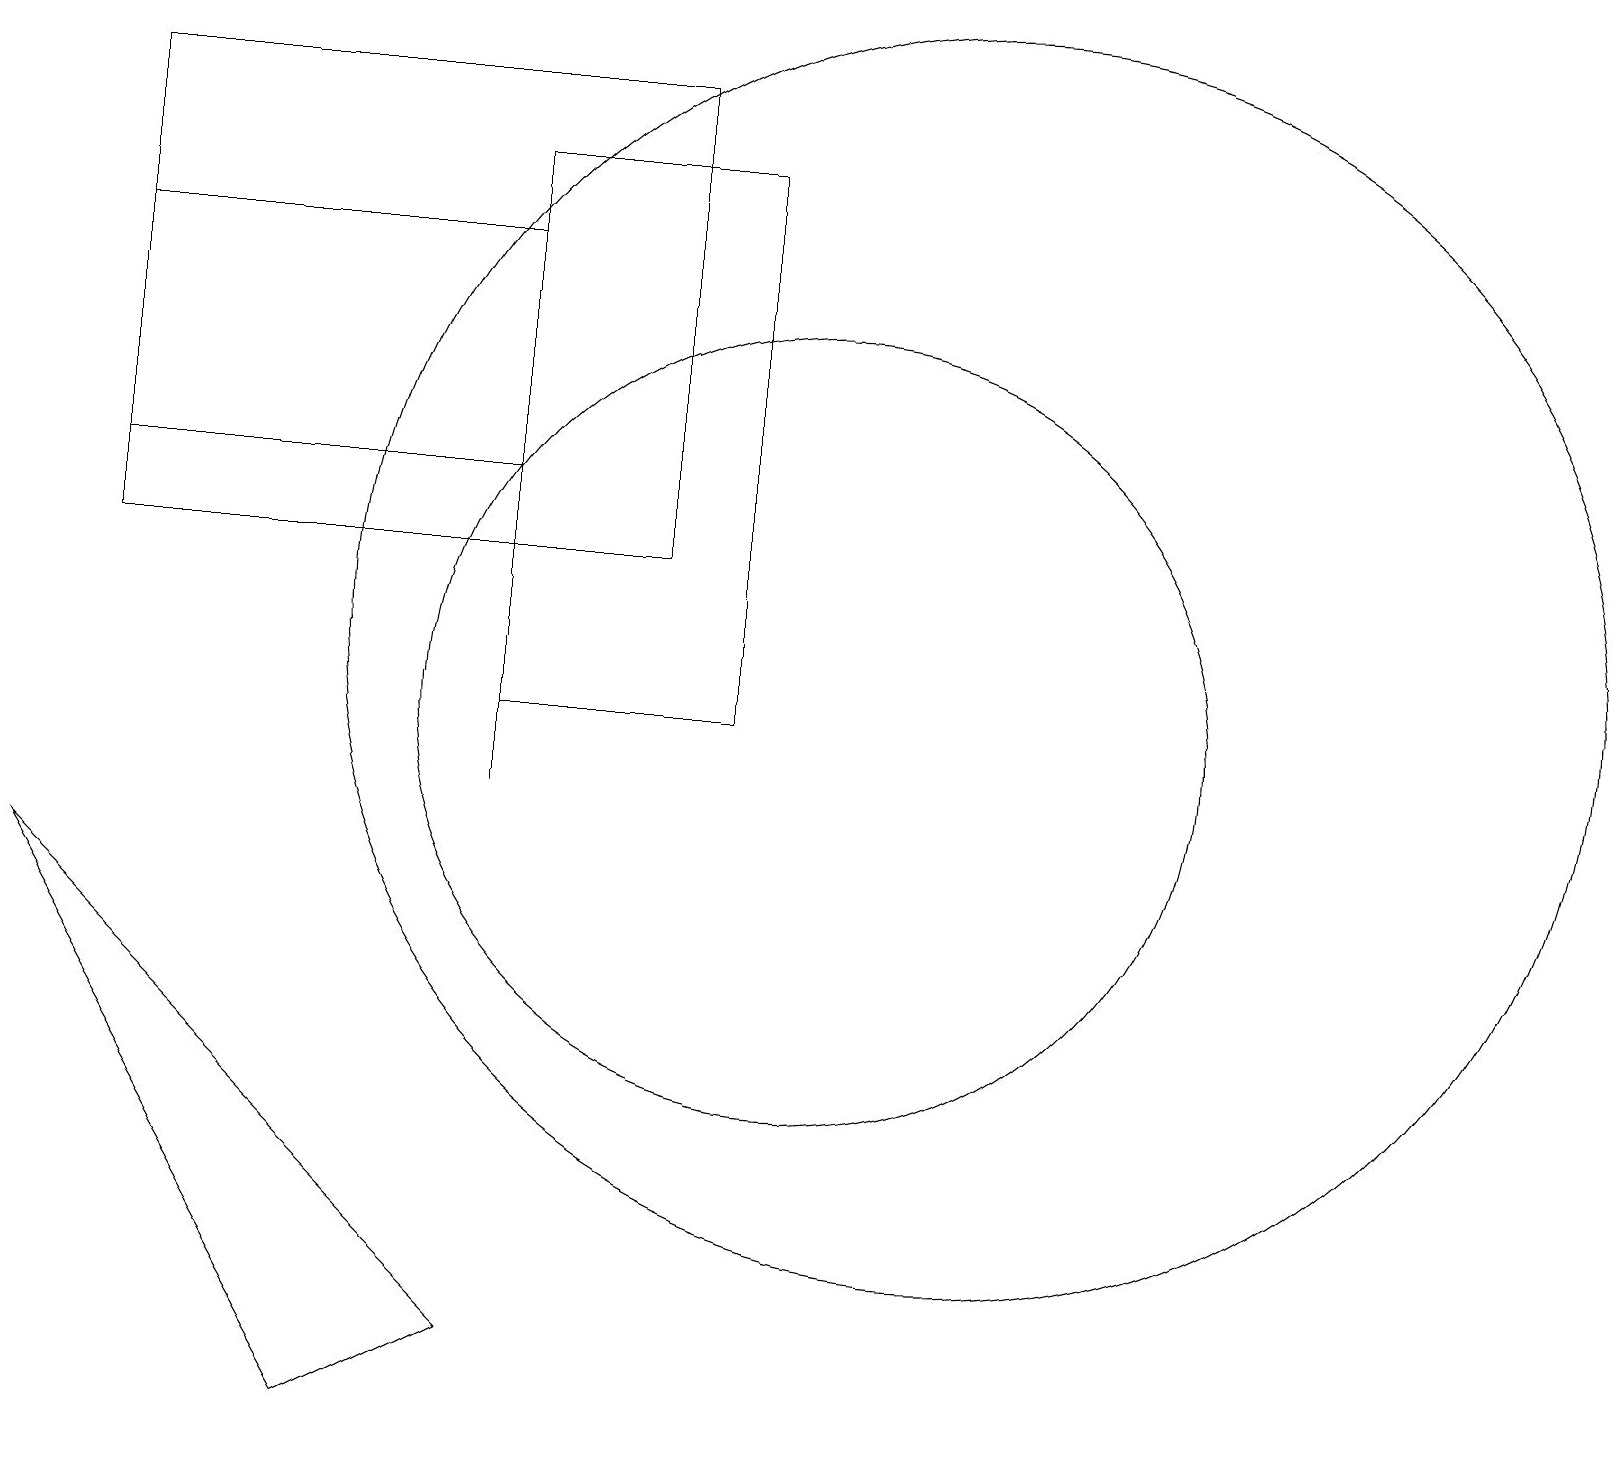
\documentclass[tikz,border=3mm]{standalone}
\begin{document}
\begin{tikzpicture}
\draw (1,14) rectangle (6,17);
\draw (12,12) circle (8);
\draw (10,11) circle (5);
\draw (8,19) rectangle (1,13);
\draw (9,11) rectangle (6,18);
\draw (6,3) -- (0,9) -- (4,2) -- cycle;
\draw (6,10) rectangle (6,17);
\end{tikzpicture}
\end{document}